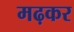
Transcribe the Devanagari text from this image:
मढ़कर